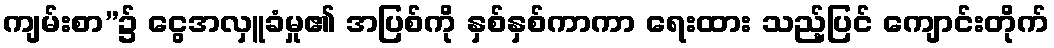
ကျမ်းစာ”၌ ငွေအလှူခံမှု၏ အပြစ်ကို နှစ်နှစ်ကာကာ ရေးထား သည့်ပြင် ကျောင်းတိုက်